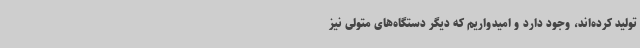
تولید کرده‌اند، وجود دارد و امیدواریم که دیگر دستگاه‌های متولی نیز